Report on vaccination in Madras 1922-1929 - 1922-1929
Year: 1922
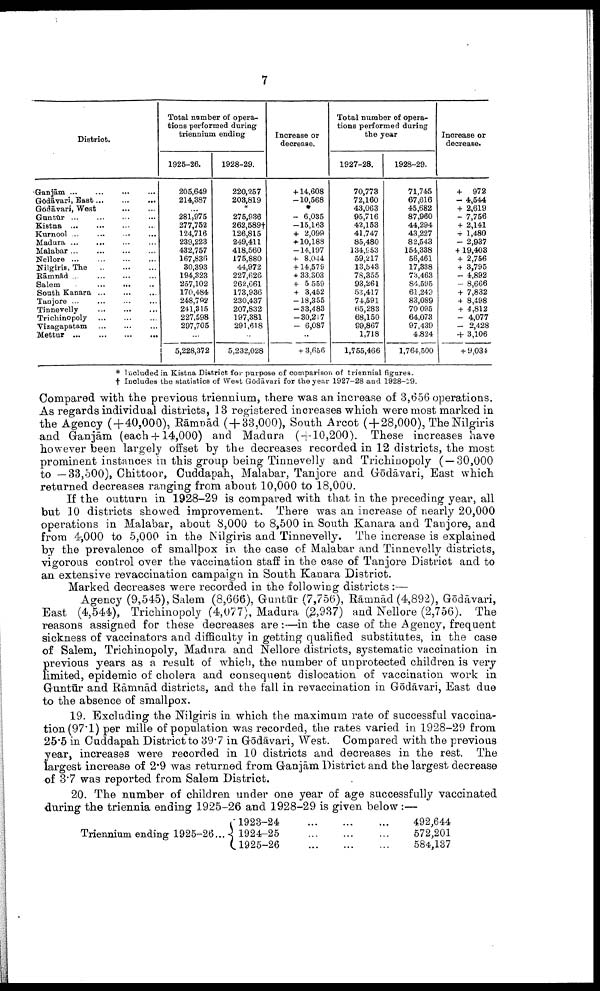
7
District.
Ganjām ... ... ... ...
Gōdāvari, East
...
...
...
Gōdāvari, West
...
...
Guntūr ... ... ... ...
Kistna ... ... ... ...
Kurnool ... ... ... ...
Madura ... ... ... ...
Malabar ...
...
...
...
Nellore
...
...
...
...
Nilgiris, The
...
...
...
Rāmnad ... ... ... ...
Salem
...
...
...
South Kanara ... ... ...
Tanjore ... ... ... ...
Tinnevelly
...
...
...
Trichinopoly ... ... ...
Vizagapatam ... ... ...
Mettur
...
...
...
...
Total number of opera
tions performed during
triennium ending
1925-26.
205,649
214,387
...
281,975
277,752
124,716
239,223
432,757
167,836
30,393
194,323
257,102
170,484
248,792
241,315
227,598
297,705
...
5,228,372
1928-29.
220,257
203,819
*
275,936
262,589†
126,815
249,411
418,560
175,880
44,972
227,626
262,661
173,936
230,437
207,832
197,381
291,618
...
5,232,028
Increase or
decrease.
+ 14,608
—10,568
*
— 6,035
—15,163
+ 2,099
+ 10,188
—14,197
+ 8,044
+14,579
+ 33,303
+ 5,559
+ 3,452
—18,355
—33,483
—30,217
— 6,087
...
+ 3,656
Total number of opera
tions performed during
the year
1927-28.
70,773
72,160
43,063
95,716
42,153
41,747
85,480
134,953
59,217
13,543
78,355
93,261
53,417
74,591
65,283
68,150
99,867
1,718
1,755,466
1928-29.
71,745
67,616
45,682
87,960
44,294
43,227
82,543
154,338
56,461
17,338
73,463
84,595
61,249
83,089
70,095
64,073
97,439
4,824
1,764,500
Increase or
decrease.
+ 972
— 4,644
+ 2,619
— 7,756
+ 2,141
+ 1,480
— 2,937
+ 19,403
+ 2,756
+ 3,795
— 4,892
— 8,666
+ 7,832
+ 8,498
+ 4,812
— 4,077
— 2,428
+ 3,106
+ 9,034
* Included in Kistna District for purpose of comparison of triennial figures.
† Includes the statistics of West Gōdāvari for the year 1927-28 and 1928-29.
Compared with the previous triennium, there was an increase of 3,656 operations.
As regards individual districts, 13 registered increases which were most marked in
the Agency (+40,000), Ramnad ( + 33,000), South Arcot (+28,000), The Nilgiris
and Ganjām (each +14,000) and Madura ( + 10,200). These increases have
however been largely offset by the decreases recorded in 12 districts, the most
prominent instances in this group being Tinnevelly and Trichinopoly ( — 30,000
to —33,500), Chittoor, Cuddapah, Malabar, Tanjore and Gōdāvari, East which
returned decreases ranging from about 10,000 to 18,000.
If the outturn in 1928-29 is compared with that in the preceding year, all
but 10 districts showed improvement. There was an increase of nearly 20,000
operations in Malabar, about 8,000 to 8,500 in South Kanara and Tanjore, and
from 4,000 to 5,000 in the Nilgiris and Tinnevelly. The increase is explained
by the prevalence of smallpox in the case of Malabar and Tinnevelly districts,
vigorous control over the vaccination staff in the case of Tanjore District and to
an extensive revaccination campaign in South Kanara District.
Marked decreases were recorded in the following districts :—
Agency (9,545), Salem (8,666), Guntūr (7,756), Rāmnād (4,892), Gōdāvari,
East (4,544), Trichinopoly (4,077), Madura (2,937) and Nellore (2,756). The
reasons assigned for these decreases are:—in the case of the Agency, frequent
sickness of vaccinators and difficulty in getting qualified substitutes, in the case
of Salem, Trichinopoly, Madura and Nellore districts, systematic vaccination in
previous years as a result of which, the number of unprotected children is very
limited, epidemic of cholera and consequent dislocation of vaccination work in
Guntūr and Rāmnād districts, and the fall in revaccination in Gōdāvari, East due
to the absence of smallpox.
19. Excluding the Nilgiris in which the maximum rate of successful vaccina
tion (97.1) per mille of population was recorded, the rates varied in 1928-29 from
25.5 in Cuddapah District to 39.7 in Gōdāvari, West. Compared with the previous
year, increases were recorded in 10 districts and decreases in the rest. The
largest increase of 2.9 was returned from Ganjām District and the largest decrease
of 3.7 was reported from Salem District.
20. The number of children under one year of age successfully vaccinated
during the triennia ending 1925-26 and 1928-29 is given below:—
Triennium ending 1925-26...
1923-24
...
...
...
1924-25
...
...
...
1925-26
...
...
...
492,644
572,201
584,137